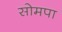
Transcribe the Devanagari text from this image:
सोमपा